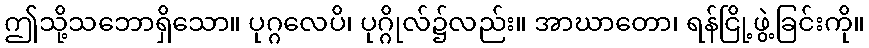
ဤသို့သဘောရှိသော။ ပုဂ္ဂလေပိ၊ ပုဂ္ဂိုလ်၌လည်း။ အာဃာတော၊ ရန်ငြို့ဖွဲ့ခြင်းကို။